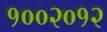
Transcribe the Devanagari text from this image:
१००२०१२